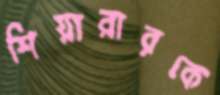
শিয়ারারকে